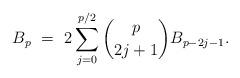
LaTeX: \begin{align*} B_{p} \ = \ 2\sum_{j=0}^{p/2} \binom{p}{2j+1} B_{p-2j-1}. \end{align*}